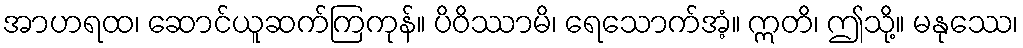
အာဟရထ၊ ဆောင်ယူဆက်ကြကုန်။ ပိဝိဿာမိ၊ ရေသောက်အံ့။ ဣတိ၊ ဤသို့။ မနုဿေ၊